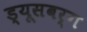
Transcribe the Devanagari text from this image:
ड्यूसबर्ग